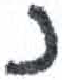
אות: נ